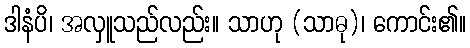
ဒါနံပိ၊ အလှူသည်လည်း။ သာဟု (သာဓု)၊ ကောင်း၏။